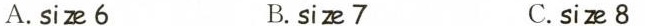
A.siz 6 B.size 7 C.size 8